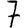
Digit: 7